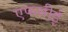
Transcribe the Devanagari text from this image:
एफसीई